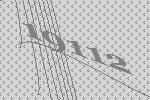
19112